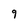
Character: 9